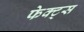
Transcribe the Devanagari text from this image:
फेक्ट्स